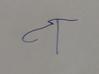
Signature authenticity: forged